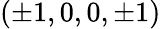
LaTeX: (\pm 1,0,0,\pm 1)